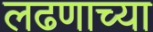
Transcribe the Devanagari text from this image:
लढणाच्या